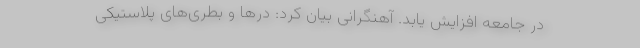
در جامعه افزایش یابد. آهنگرانی بیان کرد: درها و بطری‌های پلاستیکی